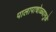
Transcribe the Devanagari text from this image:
पालापाचोळ्यामुळे